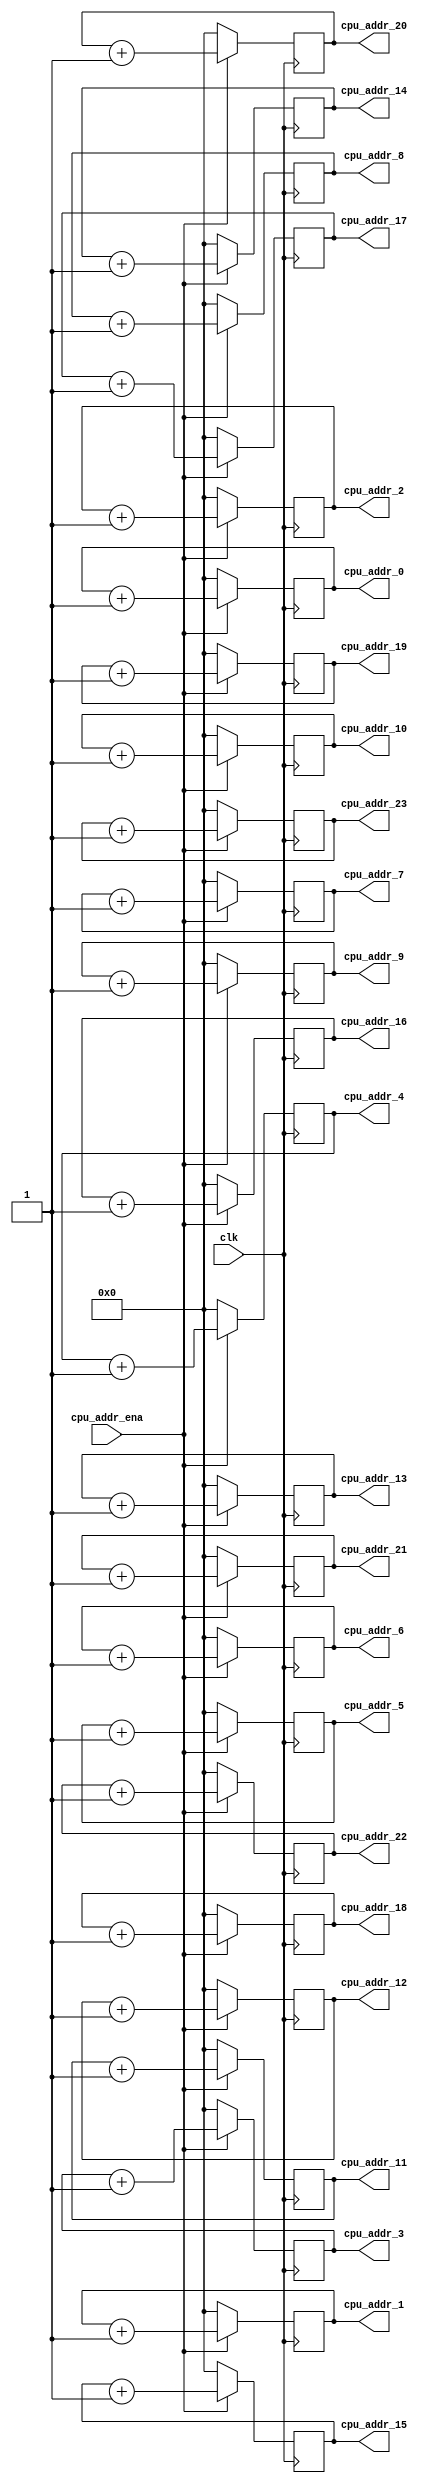
// =============================================================================
// @File         :  cpu_addr_gen.v
// @Author       :  Jiangxuan Li
// @Created      :  2022/1/18 11:54:20
// @Description  :  addr generator for CPU
// 
// -----------------------------------------------------------------------------
// History
// -----------------------------------------------------------------------------
// Ver  :| Author  :| Mod. Date          :| Changes Made :|
// 0.1   | Jx L     | 2022/1/18 11:54:20 | original
// =============================================================================

module cpu_addr_gen #( 
	parameter ADDR_WIDTH = 8
)(
	input clk,    // Clock
	input cpu_addr_ena,

	output reg [ADDR_WIDTH-1:0] cpu_addr_0 ,
	output reg [ADDR_WIDTH-1:0] cpu_addr_1 ,
	output reg [ADDR_WIDTH-1:0] cpu_addr_2 ,
	output reg [ADDR_WIDTH-1:0] cpu_addr_3 ,
	output reg [ADDR_WIDTH-1:0] cpu_addr_4 ,
	output reg [ADDR_WIDTH-1:0] cpu_addr_5 ,
	output reg [ADDR_WIDTH-1:0] cpu_addr_6 ,
	output reg [ADDR_WIDTH-1:0] cpu_addr_7 ,
	output reg [ADDR_WIDTH-1:0] cpu_addr_8 ,
	output reg [ADDR_WIDTH-1:0] cpu_addr_9 ,
	output reg [ADDR_WIDTH-1:0] cpu_addr_10,
	output reg [ADDR_WIDTH-1:0] cpu_addr_11,
	output reg [ADDR_WIDTH-1:0] cpu_addr_12,
	output reg [ADDR_WIDTH-1:0] cpu_addr_13,
	output reg [ADDR_WIDTH-1:0] cpu_addr_14,
	output reg [ADDR_WIDTH-1:0] cpu_addr_15,
	output reg [ADDR_WIDTH-1:0] cpu_addr_16,
	output reg [ADDR_WIDTH-1:0] cpu_addr_17,
	output reg [ADDR_WIDTH-1:0] cpu_addr_18,
	output reg [ADDR_WIDTH-1:0] cpu_addr_19,
	output reg [ADDR_WIDTH-1:0] cpu_addr_20,
	output reg [ADDR_WIDTH-1:0] cpu_addr_21,
	output reg [ADDR_WIDTH-1:0] cpu_addr_22,
	output reg [ADDR_WIDTH-1:0] cpu_addr_23
	
);

always @(posedge clk) begin
	if (cpu_addr_ena == 1'b1)  begin
		cpu_addr_0 <= cpu_addr_0 + 1'b1;
	end
	else
		cpu_addr_0 <= 0;
end

always @(posedge clk) begin
	if (cpu_addr_ena == 1'b1)  begin
		cpu_addr_1 <= cpu_addr_1 + 1'b1;
	end
	else
		cpu_addr_1 <= 0;
end

always @(posedge clk) begin
	if (cpu_addr_ena == 1'b1)  begin
		cpu_addr_2 <= cpu_addr_2 + 1'b1;
	end
	else
		cpu_addr_2 <= 0;
end

always @(posedge clk) begin
	if (cpu_addr_ena == 1'b1)  begin
		cpu_addr_3 <= cpu_addr_3 + 1'b1;
	end
	else
		cpu_addr_3 <= 0;
end

always @(posedge clk) begin
	if (cpu_addr_ena == 1'b1)  begin
		cpu_addr_4 <= cpu_addr_4 + 1'b1;
	end
	else
		cpu_addr_4 <= 0;
end

always @(posedge clk) begin
	if (cpu_addr_ena == 1'b1)  begin
		cpu_addr_5 <= cpu_addr_5 + 1'b1;
	end
	else
		cpu_addr_5 <= 0;
end

always @(posedge clk) begin
	if (cpu_addr_ena == 1'b1)  begin
		cpu_addr_6 <= cpu_addr_6 + 1'b1;
	end
	else
		cpu_addr_6 <= 0;
end

always @(posedge clk) begin
	if (cpu_addr_ena == 1'b1)  begin
		cpu_addr_7 <= cpu_addr_7 + 1'b1;
	end
	else
		cpu_addr_7 <= 0;
end

always @(posedge clk) begin
	if (cpu_addr_ena == 1'b1)  begin
		cpu_addr_8 <= cpu_addr_8 + 1'b1;
	end
	else
		cpu_addr_8 <= 0;
end

always @(posedge clk) begin
	if (cpu_addr_ena == 1'b1)  begin
		cpu_addr_9 <= cpu_addr_9 + 1'b1;
	end
	else
		cpu_addr_9 <= 0;
end

always @(posedge clk) begin
	if (cpu_addr_ena == 1'b1)  begin
		cpu_addr_10 <= cpu_addr_10 + 1'b1;
	end
	else
		cpu_addr_10 <= 0;
end

always @(posedge clk) begin
	if (cpu_addr_ena == 1'b1)  begin
		cpu_addr_11 <= cpu_addr_11 + 1'b1;
	end
	else
		cpu_addr_11 <= 0;
end

always @(posedge clk) begin
	if (cpu_addr_ena == 1'b1)  begin
		cpu_addr_12 <= cpu_addr_12 + 1'b1;
	end
	else
		cpu_addr_12 <= 0;
end

always @(posedge clk) begin
	if (cpu_addr_ena == 1'b1)  begin
		cpu_addr_13 <= cpu_addr_13 + 1'b1;
	end
	else
		cpu_addr_13 <= 0;
end

always @(posedge clk) begin
	if (cpu_addr_ena == 1'b1)  begin
		cpu_addr_14 <= cpu_addr_14 + 1'b1;
	end
	else
		cpu_addr_14 <= 0;
end

always @(posedge clk) begin
	if (cpu_addr_ena == 1'b1)  begin
		cpu_addr_15 <= cpu_addr_15 + 1'b1;
	end
	else
		cpu_addr_15 <= 0;
end

always @(posedge clk) begin
	if (cpu_addr_ena == 1'b1)  begin
		cpu_addr_16 <= cpu_addr_16 + 1'b1;
	end
	else
		cpu_addr_16 <= 0;
end

always @(posedge clk) begin
	if (cpu_addr_ena == 1'b1)  begin
		cpu_addr_17 <= cpu_addr_17 + 1'b1;
	end
	else
		cpu_addr_17 <= 0;
end

always @(posedge clk) begin
	if (cpu_addr_ena == 1'b1)  begin
		cpu_addr_18 <= cpu_addr_18 + 1'b1;
	end
	else
		cpu_addr_18 <= 0;
end

always @(posedge clk) begin
	if (cpu_addr_ena == 1'b1)  begin
		cpu_addr_19 <= cpu_addr_19 + 1'b1;
	end
	else
		cpu_addr_19 <= 0;
end

always @(posedge clk) begin
	if (cpu_addr_ena == 1'b1)  begin
		cpu_addr_20 <= cpu_addr_20 + 1'b1;
	end
	else
		cpu_addr_20 <= 0;
end

always @(posedge clk) begin
	if (cpu_addr_ena == 1'b1)  begin
		cpu_addr_21 <= cpu_addr_21 + 1'b1;
	end
	else
		cpu_addr_21 <= 0;
end

always @(posedge clk) begin
	if (cpu_addr_ena == 1'b1)  begin
		cpu_addr_22 <= cpu_addr_22 + 1'b1;
	end
	else
		cpu_addr_22 <= 0;
end

always @(posedge clk) begin
	if (cpu_addr_ena == 1'b1)  begin
		cpu_addr_23 <= cpu_addr_23 + 1'b1;
	end
	else
		cpu_addr_23 <= 0;
end

endmodule